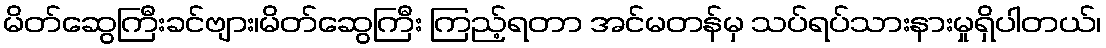
မိတ်ဆွေကြီးခင်ဗျား၊မိတ်ဆွေကြီး ကြည့်ရတာ အင်မတန်မှ သပ်ရပ်သားနားမှုရှိပါတယ်၊